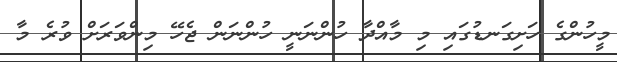
މީހުންގެ ހަށިގަނޑުގައި މި މާއްދާ ހުންނަނީ ހުންނަން ޖެހޭ މިންވަރަށް ވުރެ މާ